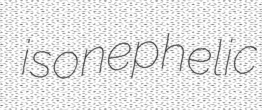
isonephelic